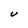
Character: U